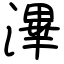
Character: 滭